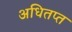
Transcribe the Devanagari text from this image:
अधितप्त